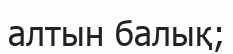
алтын балық;